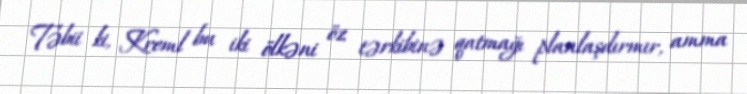
Təbii ki, Kreml bu iki ölkəni öz tərkibinə qatmağı planlaşdırmır, amma